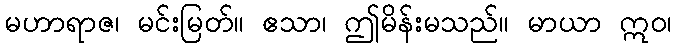
မဟာရာဇ၊ မင်းမြတ်။ ဧသာ၊ ဤမိန်းမသည်။ မာယာ ဣဝ၊